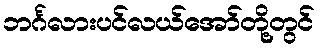
ဘင်္ဂလားပင်လယ်အော်တို့တွင်